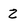
Character: z